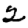
Digit: 2